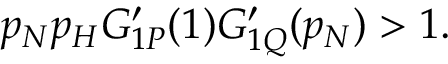
p _ { N } p _ { H } G _ { 1 P } ^ { \prime } ( 1 ) G _ { 1 Q } ^ { \prime } ( p _ { N } ) > 1 .